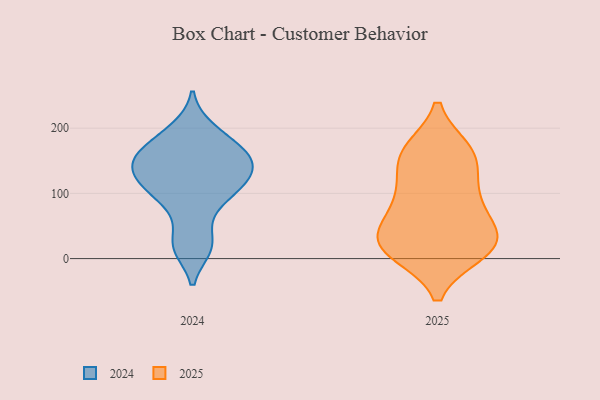
{"axis": {"x": "Energy Usage (MWh)", "y": "Value"}, "legend": ["2024", "2025"], "data": [{"x": "", "y": 165, "type": "2025"}, {"x": "", "y": 82, "type": "2025"}, {"x": "", "y": 13, "type": "2025"}, {"x": "", "y": 26, "type": "2025"}, {"x": "", "y": 112, "type": "2025"}, {"x": "", "y": 159, "type": "2025"}, {"x": "", "y": 18, "type": "2025"}, {"x": "", "y": 70, "type": "2025"}, {"x": "", "y": 25, "type": "2025"}, {"x": "", "y": 24, "type": "2025"}, {"x": "", "y": 153, "type": "2025"}, {"x": "", "y": 98, "type": "2025"}, {"x": "", "y": 163, "type": "2025"}, {"x": "", "y": 10, "type": "2025"}, {"x": "", "y": 44, "type": "2025"}, {"x": "", "y": 180, "type": "2024"}, {"x": "", "y": 21, "type": "2024"}, {"x": "", "y": 108, "type": "2024"}, {"x": "", "y": 199, "type": "2024"}, {"x": "", "y": 73, "type": "2024"}, {"x": "", "y": 150, "type": "2024"}, {"x": "", "y": 144, "type": "2024"}, {"x": "", "y": 160, "type": "2024"}, {"x": "", "y": 115, "type": "2024"}, {"x": "", "y": 131, "type": "2024"}, {"x": "", "y": 106, "type": "2024"}, {"x": "", "y": 158, "type": "2024"}, {"x": "", "y": 17, "type": "2024"}]}